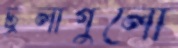
ট্রলাগুলো